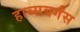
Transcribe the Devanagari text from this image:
हाब्सबर्गस